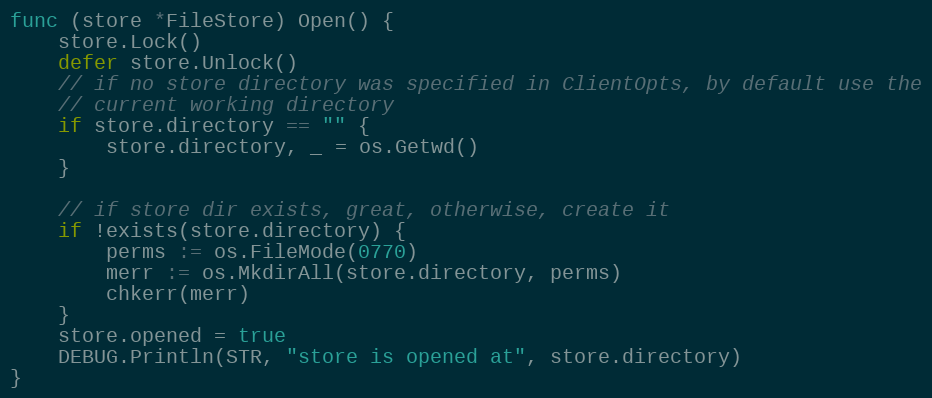
Language: Go
func (store *FileStore) Open() {
	store.Lock()
	defer store.Unlock()
	// if no store directory was specified in ClientOpts, by default use the
	// current working directory
	if store.directory == "" {
		store.directory, _ = os.Getwd()
	}

	// if store dir exists, great, otherwise, create it
	if !exists(store.directory) {
		perms := os.FileMode(0770)
		merr := os.MkdirAll(store.directory, perms)
		chkerr(merr)
	}
	store.opened = true
	DEBUG.Println(STR, "store is opened at", store.directory)
}